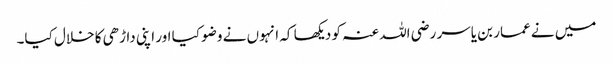
میں نے عمار بن یاسر رضی اللہ عنہ کو دیکھا کہ انہوں نے وضو کیا اور اپنی داڑھی کا خلال کیا۔